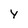
Character: Y